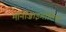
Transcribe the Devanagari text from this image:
मोनोज़ाइगोटिक